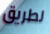
لطريق